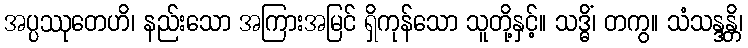
အပ္ပဿုတေဟိ၊ နည်းသော အကြားအမြင် ရှိကုန်သော သူတို့နှင့်။ သဒ္ဓိံ၊ တကွ။ သံသန္ဒန္တိ၊